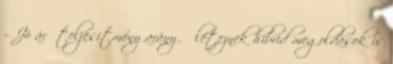
– Jó ár teljesítmény arány ● léteznek hibrid megoldások is